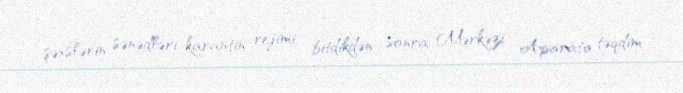
şəxslərin sənədləri karantin rejimi bitdikdən sonra Mərkəzi Aparata təqdim